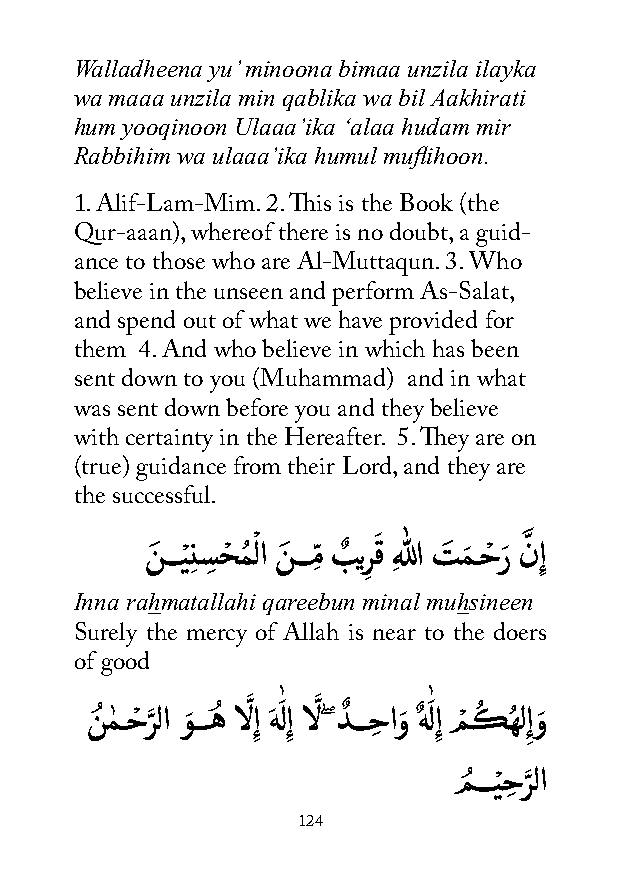
Walladheena yu’ minoona bimaa unzila ilayka
 wa maaa unzila min qablika wa bil Aakhirati
 hum yooqinoon Ulaaa’ika ‘alaa hudam mir
 Rabbihim wa ulaaa’ika humul muflihoon.
 1. Alif-Lam-Mim. 2. This is the Book (the
 Qur-aaan), whereof there is no doubt, a guid-
 ance to those who are Al-Muttaqun. 3. Who
 believe in the unseen and perform As-Salat,
 and spend out of what we have provided for
 them 4. And who believe in which has been
 sent down to you (Muhammad) and in what
 was sent down before you and they believe
 with certainty in the Hereafter. 5. They are on
 (true) guidance from their Lord, and they are
 the successful.
 ْ       َ         َّ
 نَ ـــيْ ِنسِ حْ مُ لا نَ ـــمِّ بٌ ير
 ِ
 ق ِهللا تَ مَ ـحْ رَ نِإ
 Inna rahmatallahi qareebun minal muhsineen
 Surely the mercy of Allah is near to the doers
 of good
 ٰ        ٰ
 نُ مٰ ـحْ رَّ لا وَ ـــهُ الَّ ِإ هَ لَ ِإ الَّ ۖ دٌ ـــحِ اوَ هٌ لَ ِإ مْ كُ هُ ل ِإوَ
 مُ ـــيْ حِ رَّ لا
 124